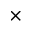
\times